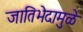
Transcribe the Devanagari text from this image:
जातिभेदामुळे